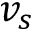
v _ { s }